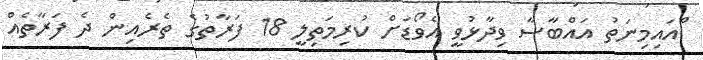
ްއައިމިނަތު އައްބާސާ ވިދާޅުވީ އެވޯޑަށް ކުރިމަތިލީ 18 ފަރާތުގެ ތެރެއިން ދެ ފަރާތެއް